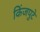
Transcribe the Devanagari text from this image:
किंजपुटे